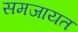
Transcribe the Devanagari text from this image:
समजायत